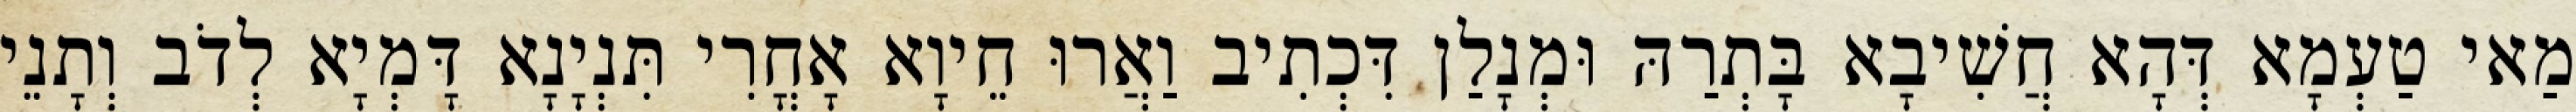
מַאי טַעְמָא דְּהָא חֲשִׁיבָא בָּתְרַהּ וּמְנָלַן דִּכְתִיב וַאֲרוּ חֵיוָא אָחֳרִי תִּנְיָנָא דָּמְיָא לְדֹב וְתָנֵי